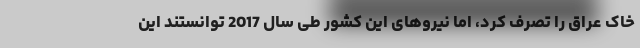
خاک عراق را تصرف کرد، اما نیروهای این کشور طی سال 2017 توانستند این